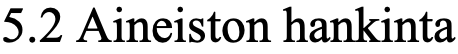
5.2 Aineiston hankinta